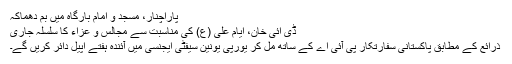
پاراچنار، مسجد و امام بارگاہ میں بم دھماکہ
ڈی آئی خان، ایام علی (ع) کی مناسبت سے مجالس و عزاء کا سلسلہ جاری
ذرائع کے مطابق پاکستانی سفارتکار پی آئی اے کے ساتھ مل کر یورپی یونین سیفٹی ایجنسی میں آئندہ ہفتے اپیل دائر کریں گے۔